Bréfritari: Soffía Daníelsdóttir
Viðtakandi: Jakobína Magnúsdóttir og Daníel Halldórsson
Dagsetning: A-1901-10-XX
Skrifað á: Skeggjastöðum  N-Múl.
Soffía var dóttir Jakobínu og Daníels

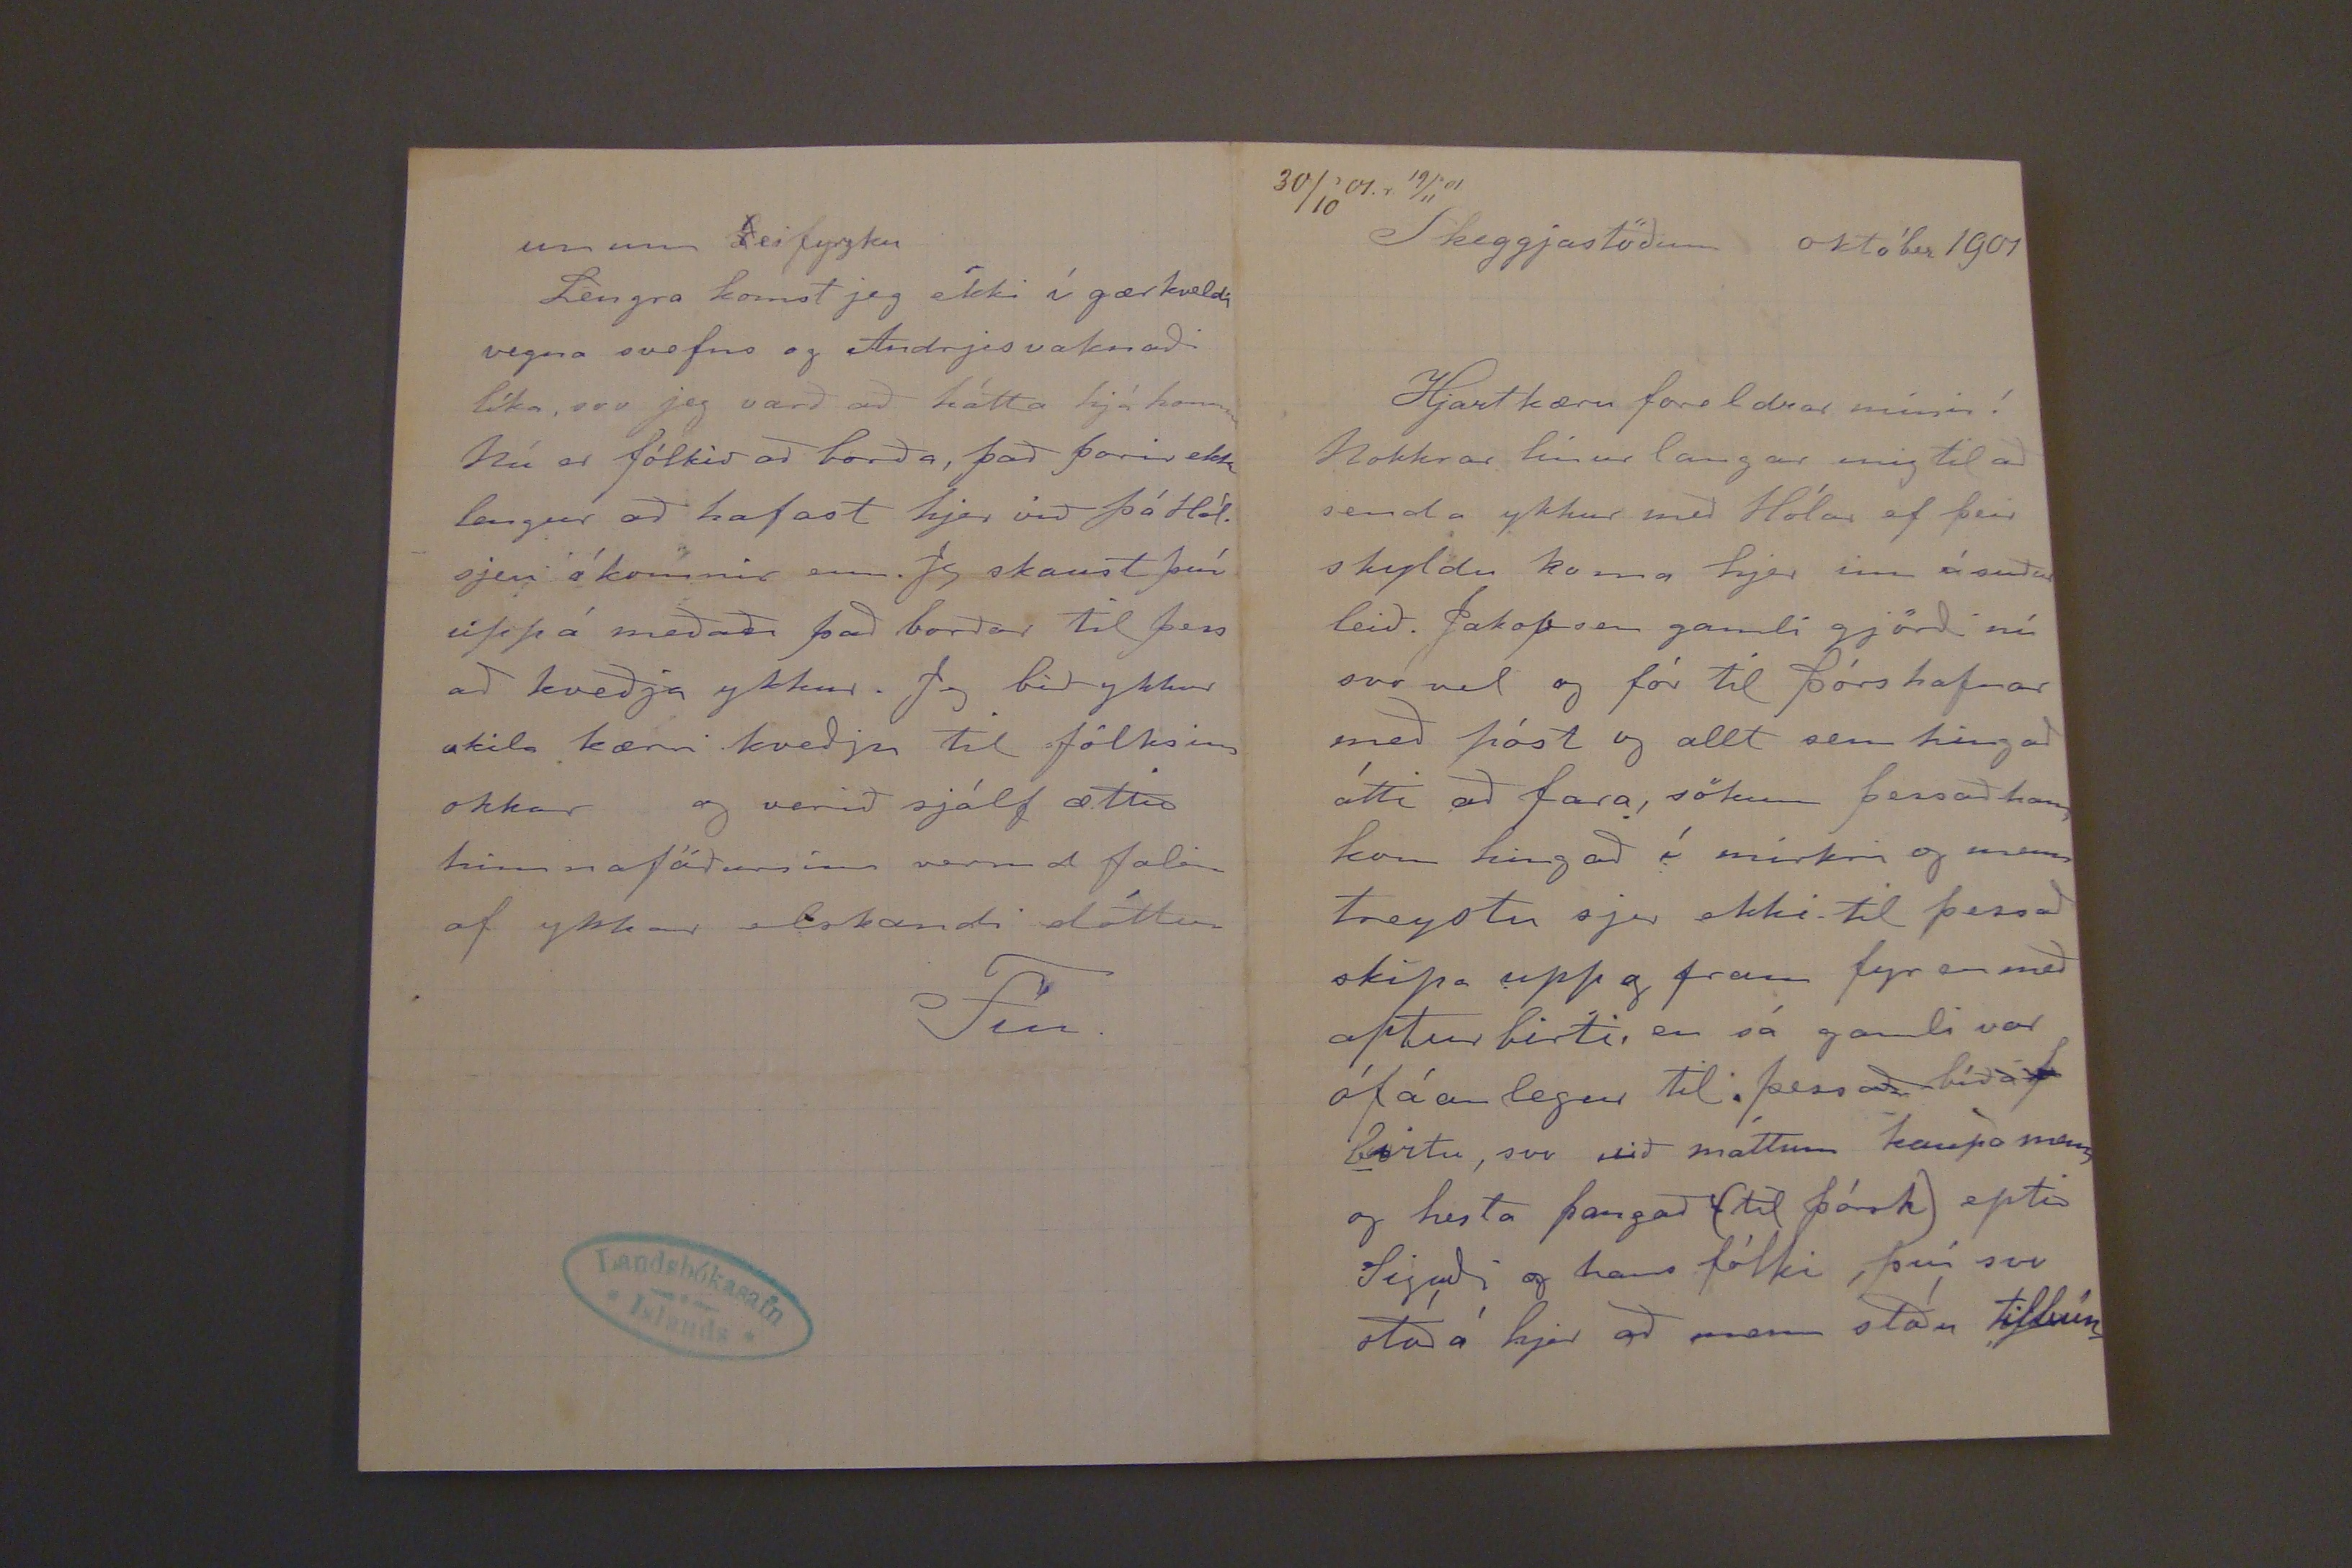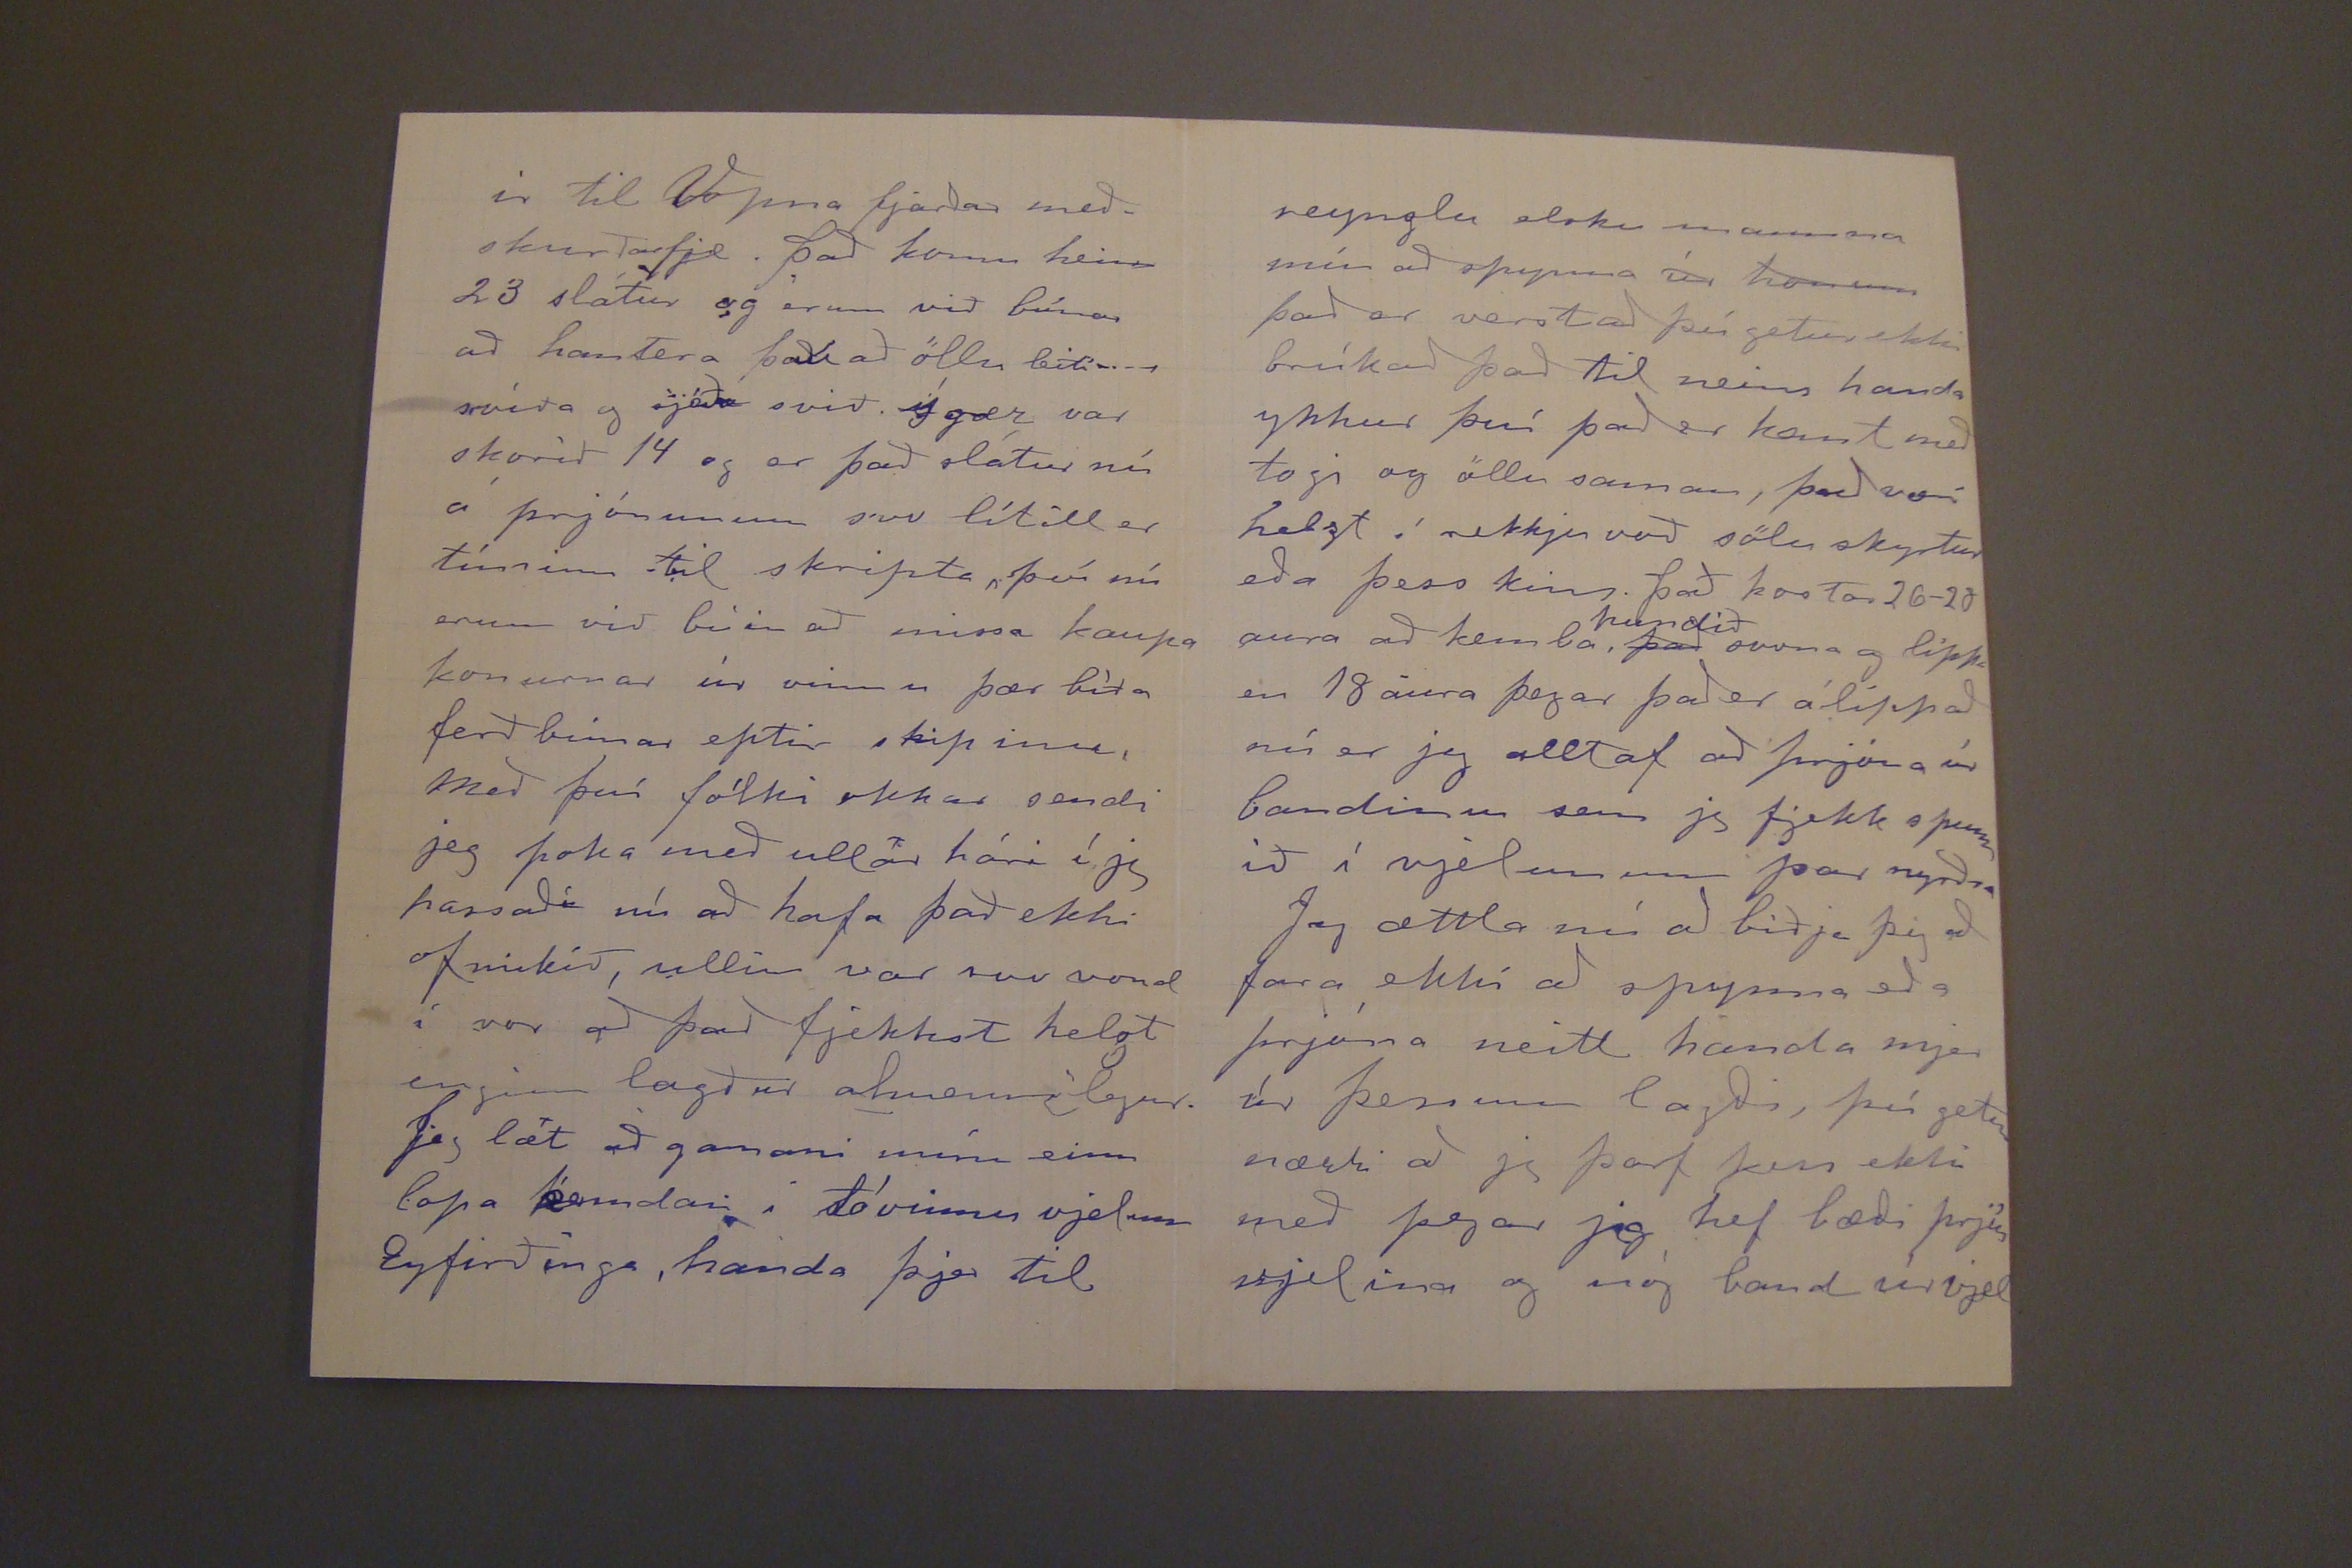

30/10'01.r 19/11'01
Skeggjastöðum október 1901
Hjartkæru foreldrar mínir!
Nokkrar línur langar mig til að senda ykkur með Hólar ef þeir skyldu koma hjer inn á suður leið. Jakobsen gamli gjörði nú svo vel og fór til þórshafnar með póst og allt sem hingað átti að fara, sökum þess að hann kom hingað í mirkri og menn treystu sjer ekki til þess að skipa upp og fram fyr en með aptur birti, en sá gamli var ófáanlegur til þess að bíða birtu, svo við máttum kaupa menn og hesta þangað (til þórsh) eptir Siguði og hans fólki, því svo stóð á hjer að menn stóðu tilbún
ir til Vopna fjarðar meðskurðarfj. það komu heim 23 slátur og erum við búnar að hantera það að ölu leiti svíða og sjóða svið. Í gær var skorið 14 og er það slátur nú á prjónunum svo lítill er tíminn til skripta, því nú erum við búin að missa kaupa konurnar úr vinnu þær bíða ferð búnar eptir skipinu, með því fólki okkar sendi jeg poka með ullar hári í jeg passaði nú að hafa það ekki of mikið, ullin var svo vond í vor að það fjekkst helst enginn lagður almennilegurþ eg læ
x
t að gamani mínu einn lopa kendari í tóvinnu vjelum Eyfirðinga, handa þjer til
unum
E
eifyrzku
Lengra komst jeg ekki í gærkveldi vegna svefns og Andrjes vaknaði líka, svo jeg varð að hátta hjá honum Nú er fólkið að borða, það þorir ekki lengur að hafast hjer við þó Hól. sjeu ókomnir enn. Jeg skaust því upp á meðan það borðar til þess að kveðja ykkur. Jeg bið ykkur skila kærri kveðju til fólksins okkar og verið sjálf ættið himnaföðursins vermd falin af ykkar elskandi dóttur
Fíu.
reynglu sloku mamma mín að spynna úr honum það er verst að þú getur ekki brúkað það til neins handa ykkur því það er kemt með togi og öllu saman, það væri helzt í rekkju voð sölu skyrtur eða þess kins. það kostar 26-20 aura að kemba,
hundið
það
svona og lippa en 18 aura þegar það er álippað nú er jeg alltaf að prjóna úr bandinu sem jeg fjekk spunnið í velunum þar nyrðra
Jeg ættla nú að biðja þig að fara ekki að spynna eða prjóna neitt handa mjer úr þessum lagði, þú getur nærri að jeg þarf þess ekki með þegar jeg hef bæði prjón vjelina og nóg band úr vjel